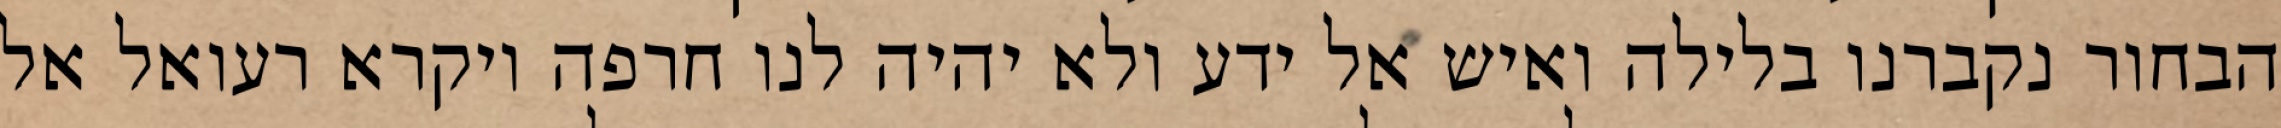
הבחור נקברנו בלילה ואיש אל ידע ולא יהיה לנו חרפה ויקרא רעואל אל